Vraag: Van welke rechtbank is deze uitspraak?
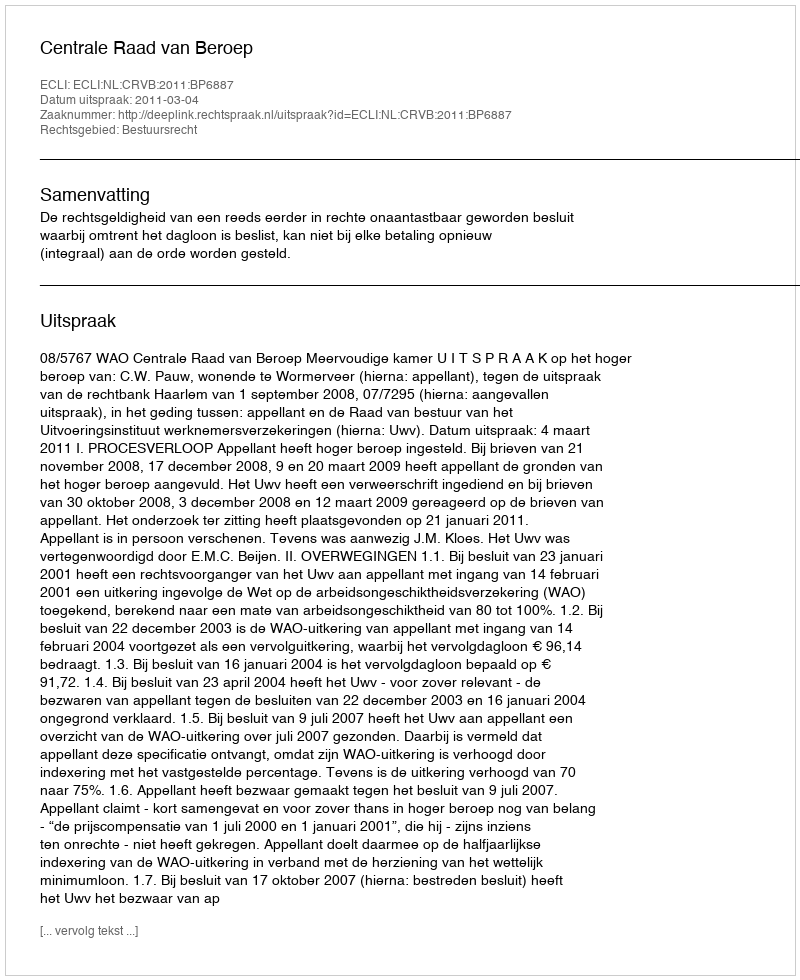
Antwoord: Centrale Raad van Beroep